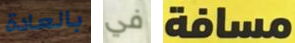
بالعادة في مسافة